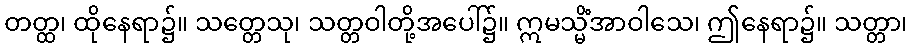
တတ္ထ၊ ထိုနေရာ၌။ သတ္တေသု၊ သတ္တဝါတို့အပေါ်၌။ ဣမသ္မိံအာဝါသေ၊ ဤနေရာ၌။ သတ္တာ၊